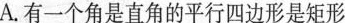
A.有一个角是直角的平行四边形是矩形